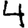
Digit: 4